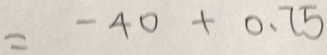
= - 4 0 + 0 . 7 5